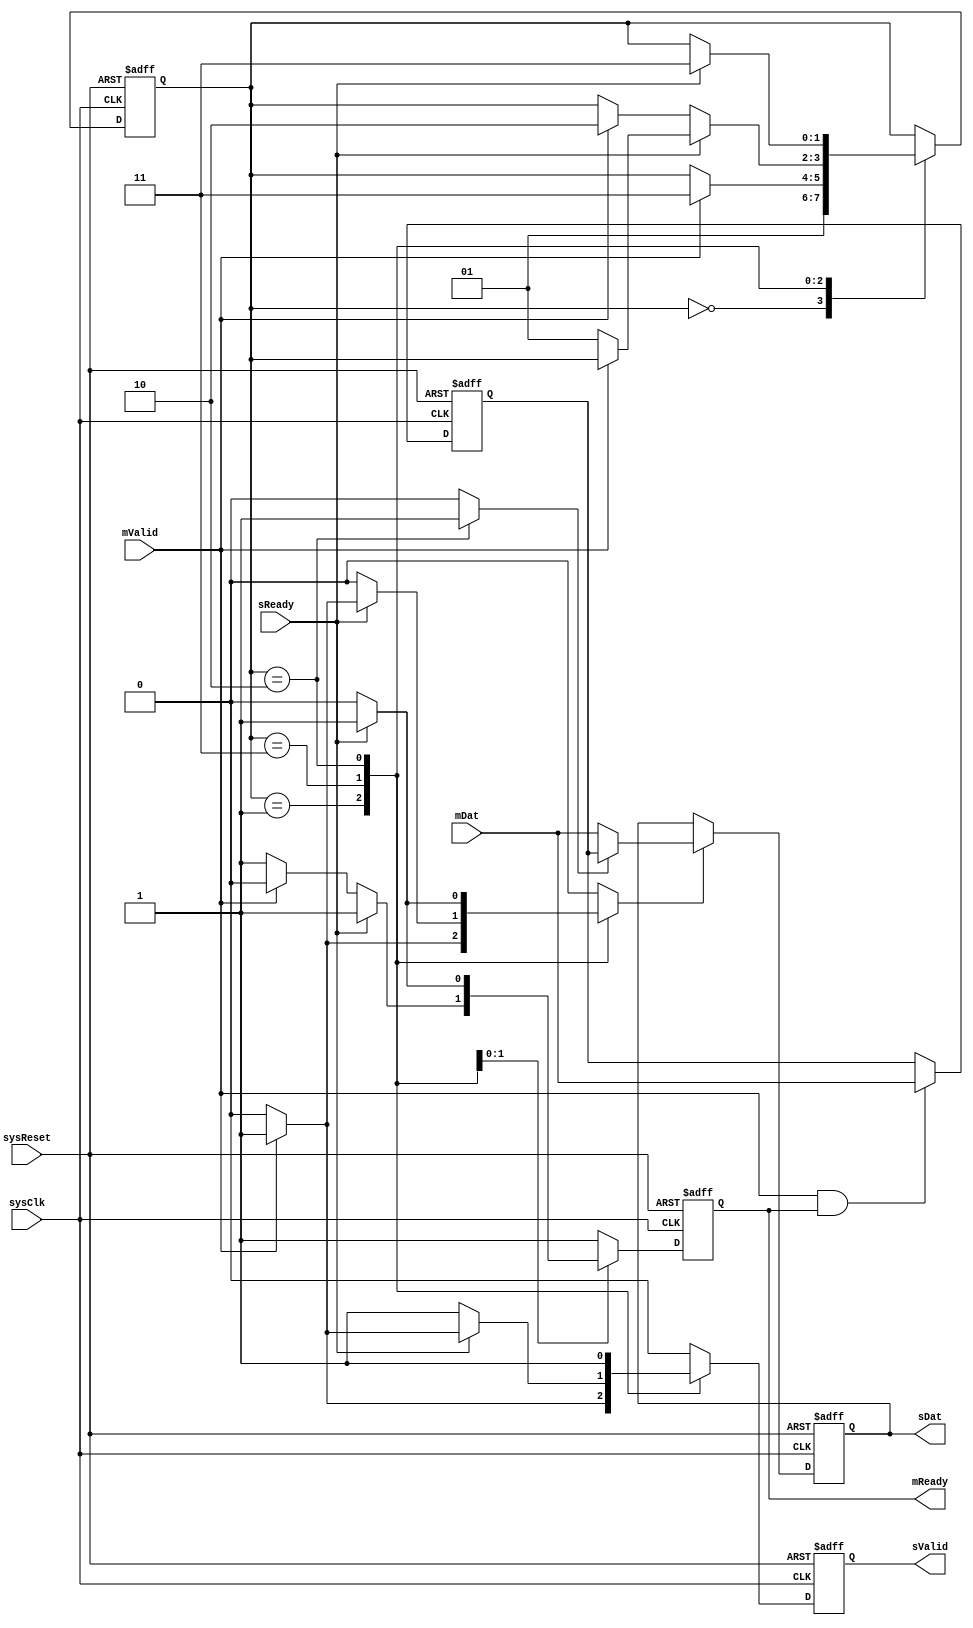
`timescale 1ns / 1ns

// *************************************************************************************************************/
// Cloudium Systems Ltd. Proprietary and Confidential
//   
// Copyright 2014 Cloudium Systems Ltd.  All rights reserved.
//
// ANY USE OR REDISTRIBUTION IN PART OR IN WHOLE MUST BE HANDLED IN
// ACCORDANCE WITH THE CLOUDIUM SYSTEMS LICENSE AGREEMENT AND MUST BE APPROVED
// IN ADVANCE IN WRITING.
//                                                                            
//                                                                             
// This confidential and proprietary software may be used only as authorised  
// by a licensing agreement from Cloudium Systems Ltd.                        
//                                                                            
// In the event of publication, the following notice is applicable:           
//                                                                            
// (C) COPYRIGHT 2014  Cloudium Systems LTD.                       
// ALL RIGHTS RESERVED                                                        
//                                                                            
// Version		: 1.0                                                     	  
//                                                                            
// Abstract	: 	This file provides full 2-stage register slice which adds 1 cycle latency but
//				no bubble cycles between transactions.                                                             
//                                                                            
//                                                                            
// Modification History:                                                      
// Date		By			Version		Change Description                        
//                                                                            
// 16/10/14		JH			1.0			Initial release version               
//
// Notes:
//
//
// *************************************************************************************************************/
//-----------------------------------------------------------------------------
//-----------------------------------------------------------------------------
// synopsys translate_off
//`include "../include/Timescale.h"
// synopsys translate_on

module RegSliceFull #

	(
  		parameter integer 	CHAN_WIDTH 			= 5			//  the number of channel signals to register (outside of Valid & Ready) 
	)
	
	(

		input  wire			sysClk,
		input  wire         sysReset,						// active high reset - async assert and sync to sysClk deassert
  
		//========================= to/from Master and Slave Ports ================================================//
   
		input wire [CHAN_WIDTH-1:0]		mDat,				// channel data signals to register from "master" or "source"
		input wire        				mValid,				// indicates when mDat is valid
		output reg						mReady,				// indicates when taking data from "master" or "source"
		
		output reg [CHAN_WIDTH-1:0]		sDat,				// channel data signals registered to "slave" or "sink"
		output reg						sValid,				// indicates when sDat is valid
		input wire						sReady				// indicates when slave/sink taking sDat
    
	);
	
	//===============================================================================================================
	// Local Declarations
	//===============================================================================================================
	
	reg [CHAN_WIDTH-1:0]	holdDat;						// holding register for mDat - for when slave/sink not ready
	reg						sDatEn;							// latch next data into sDat
	reg						holdDatSel;
	
	
	//============================================================================================
	// Declare state machine variables
	//============================================================================================
	localparam [1:0]	IDLE = 2'b00, NO_DAT = 2'b01,	ONE_DAT = 2'b11, 	TWO_DAT = 2'b10;
	
	reg [1:0]	currState, nextState;
	reg			d_mReady, d_sValid;
	
	
	//============================================================================================
	// holdDat holds mDat when sink is not ready to take sDat - allows master/source to move on
	// while not losing data.
	//============================================================================================
	always @(posedge sysClk or posedge sysReset )
		begin
			if (sysReset)
				holdDat <= 0;
			else if ( mValid & mReady )
				holdDat <= mDat;
		end

	
	//=============================================================================================
	// sDat has mDat clocked in or holdDat if slave/sink was not ready.
	//=============================================================================================
	always @(posedge sysClk or posedge sysReset )
		begin
			if (sysReset)
				sDat <= 0;
			else if ( sDatEn )			// if s/m says load next data
				begin
					sDat <= holdDatSel 	? holdDat : mDat;		// normally clock in mDat but if had been held off due to slave 
																// not ready, take from holding register
				end
		end
		
		
	//===============================================================================================
	// Control State machine
	//===============================================================================================
	always @( * )
		begin
		
			d_mReady <= 1;
			d_sValid <= 0;
			
			holdDatSel	<= 0;
			sDatEn		<= 0;
			
			nextState <= currState;
		
			case ( currState )
				IDLE:	
						begin					// this state ensures that we mReady is always desserted as we exit reset
							nextState <= NO_DAT;
						end
				NO_DAT:
						begin
							
							if ( mValid )			// if master/source has data for us
								begin
									sDatEn		<= 1'b1;	// latch for slave/sink
									d_sValid 	<= 1'b1;	// indicate to slave that data available
									
									nextState 	<= ONE_DAT;
								end
						end
				ONE_DAT:
						begin
						
							if ( sReady )			// if slave/sink is taking available data
								begin
								
									if ( mValid )	// if source has another data available
										begin
											sDatEn 		<= 1'b1;
											d_sValid 	<= 1'b1;
										end
									else
										begin
											nextState	<= NO_DAT;
										end
								end
							else
								begin
									d_sValid	<= 1'b1;
									
									if ( mValid )
										begin
											d_mReady	<= 1'b0;		// stop mReady as pipe full
											nextState	<= TWO_DAT;
										end
									else
										begin
											d_mReady	<= 1'b1;
										end

								end
						end
				TWO_DAT:
						begin
							holdDatSel 	<= 1;
							d_sValid	<= 1'b1;
							d_mReady	<= 1'b0;
							
							if ( sReady )
								begin
									sDatEn 		<= 1'b1;
									d_mReady	<= 1'b1;
									
									nextState	<= ONE_DAT;
								end
						end
				default:
					begin
						nextState	<= 2'bxx;
						sDatEn		<= 1'bx;
						holdDatSel	<= 1'bx;
						
						d_mReady	<= 1'bx;
						d_sValid	<= 1'bx;
						
					end
			endcase
	
		end
							
	//===================================================================================================
	// Sequential part of s/m
	//===================================================================================================
	always @(posedge sysClk or posedge sysReset )
		begin
			if (sysReset)
				begin
					currState	<= IDLE;
				
					mReady	<= 1'b0;
					sValid	<= 1'b0;
				end
			else
				begin
					currState	<= nextState;
				
					mReady	<= d_mReady;
					sValid	<= d_sValid;
				end
				
		end
					
				
		
		
		
endmodule		// RegSliceFull.v